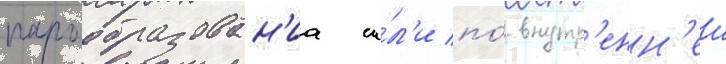
парообразован'иа и́л'и по́ внутр'енн'еи